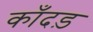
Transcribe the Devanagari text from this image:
काँदड़